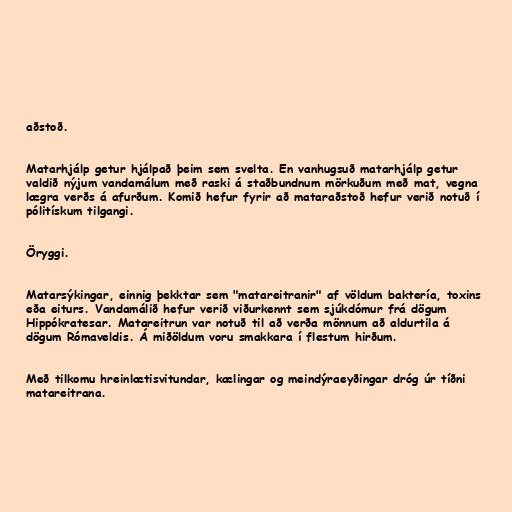
aðstoð.

Matarhjálp getur hjálpað þeim sem svelta. En vanhugsuð matarhjálp getur
valdið nýjum vandamálum með raski á staðbundnum mörkuðum með mat, vegna
lægra verðs á afurðum. Komið hefur fyrir að mataraðstoð hefur verið notuð í
pólitískum tilgangi.

Öryggi.

Matarsýkingar, einnig þekktar sem "matareitranir" af völdum baktería, toxins
eða eiturs. Vandamálið hefur verið viðurkennt sem sjúkdómur frá dögum
Hippókratesar. Matareitrun var notuð til að verða mönnum að aldurtila á
dögum Rómaveldis. Á miðöldum voru smakkara í flestum hirðum.

Með tilkomu hreinlætisvitundar, kælingar og meindýraeyðingar dróg úr tíðni
matareitrana.